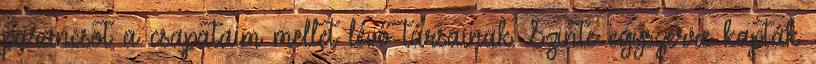
parancsot a csapataim mellet lévő társainak. Szinte egyszerre kapták